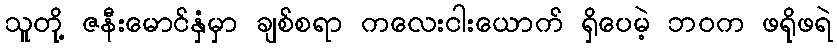
သူတို့ ဇနီးမောင်နှံမှာ ချစ်စရာ ကလေးငါးယောက် ရှိပေမဲ့ ဘဝက ဖရိုဖရဲ